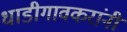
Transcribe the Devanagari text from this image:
धाडीगावकरांनी